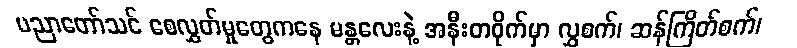
ပညာတော်သင် စေလွှတ်မှုတွေကနေ မန္တလေးနဲ့ အနီးတဝိုက်မှာ လွှစက်၊ ဆန်ကြိတ်စက်၊